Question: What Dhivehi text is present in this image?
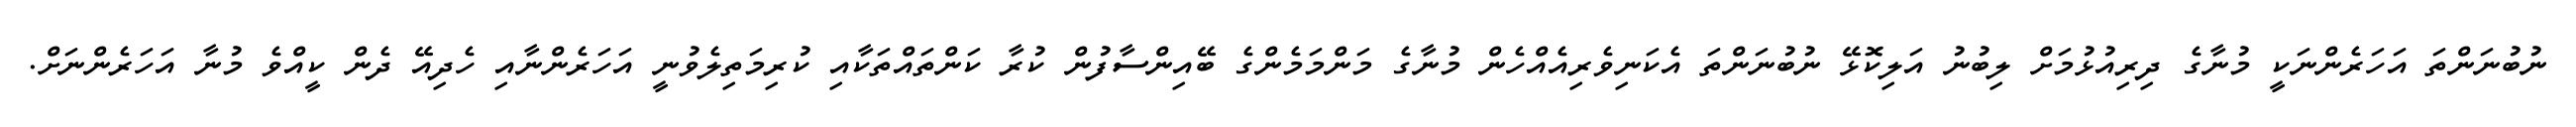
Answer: ނުބުނަންތަ އަހަރެންނަކީ މުނާގެ ދިރިއުޅުމަށް ލިބުނު އަލިކޮޅޭ ނުބުނަންތަ އެކަނިވެރިއެއްހެން މުނާގެ މަންމަމެންގެ ބޭއިންސާފުން ކުރާ ކަންތައްތަކާއި ކުރިމަތިލެވުނީ އަހަރެންނާއި ހެދިއޭ ދެން ކީއްވެ މުނާ އަހަރެންނަށް.